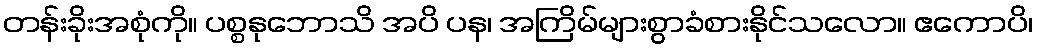
တန်းခိုးအစုံကို။ ပစ္စနုဘောသိ အပိ ပန၊ အကြိမ်များစွာခံစားနိုင်သလော။ ဧကောပိ၊